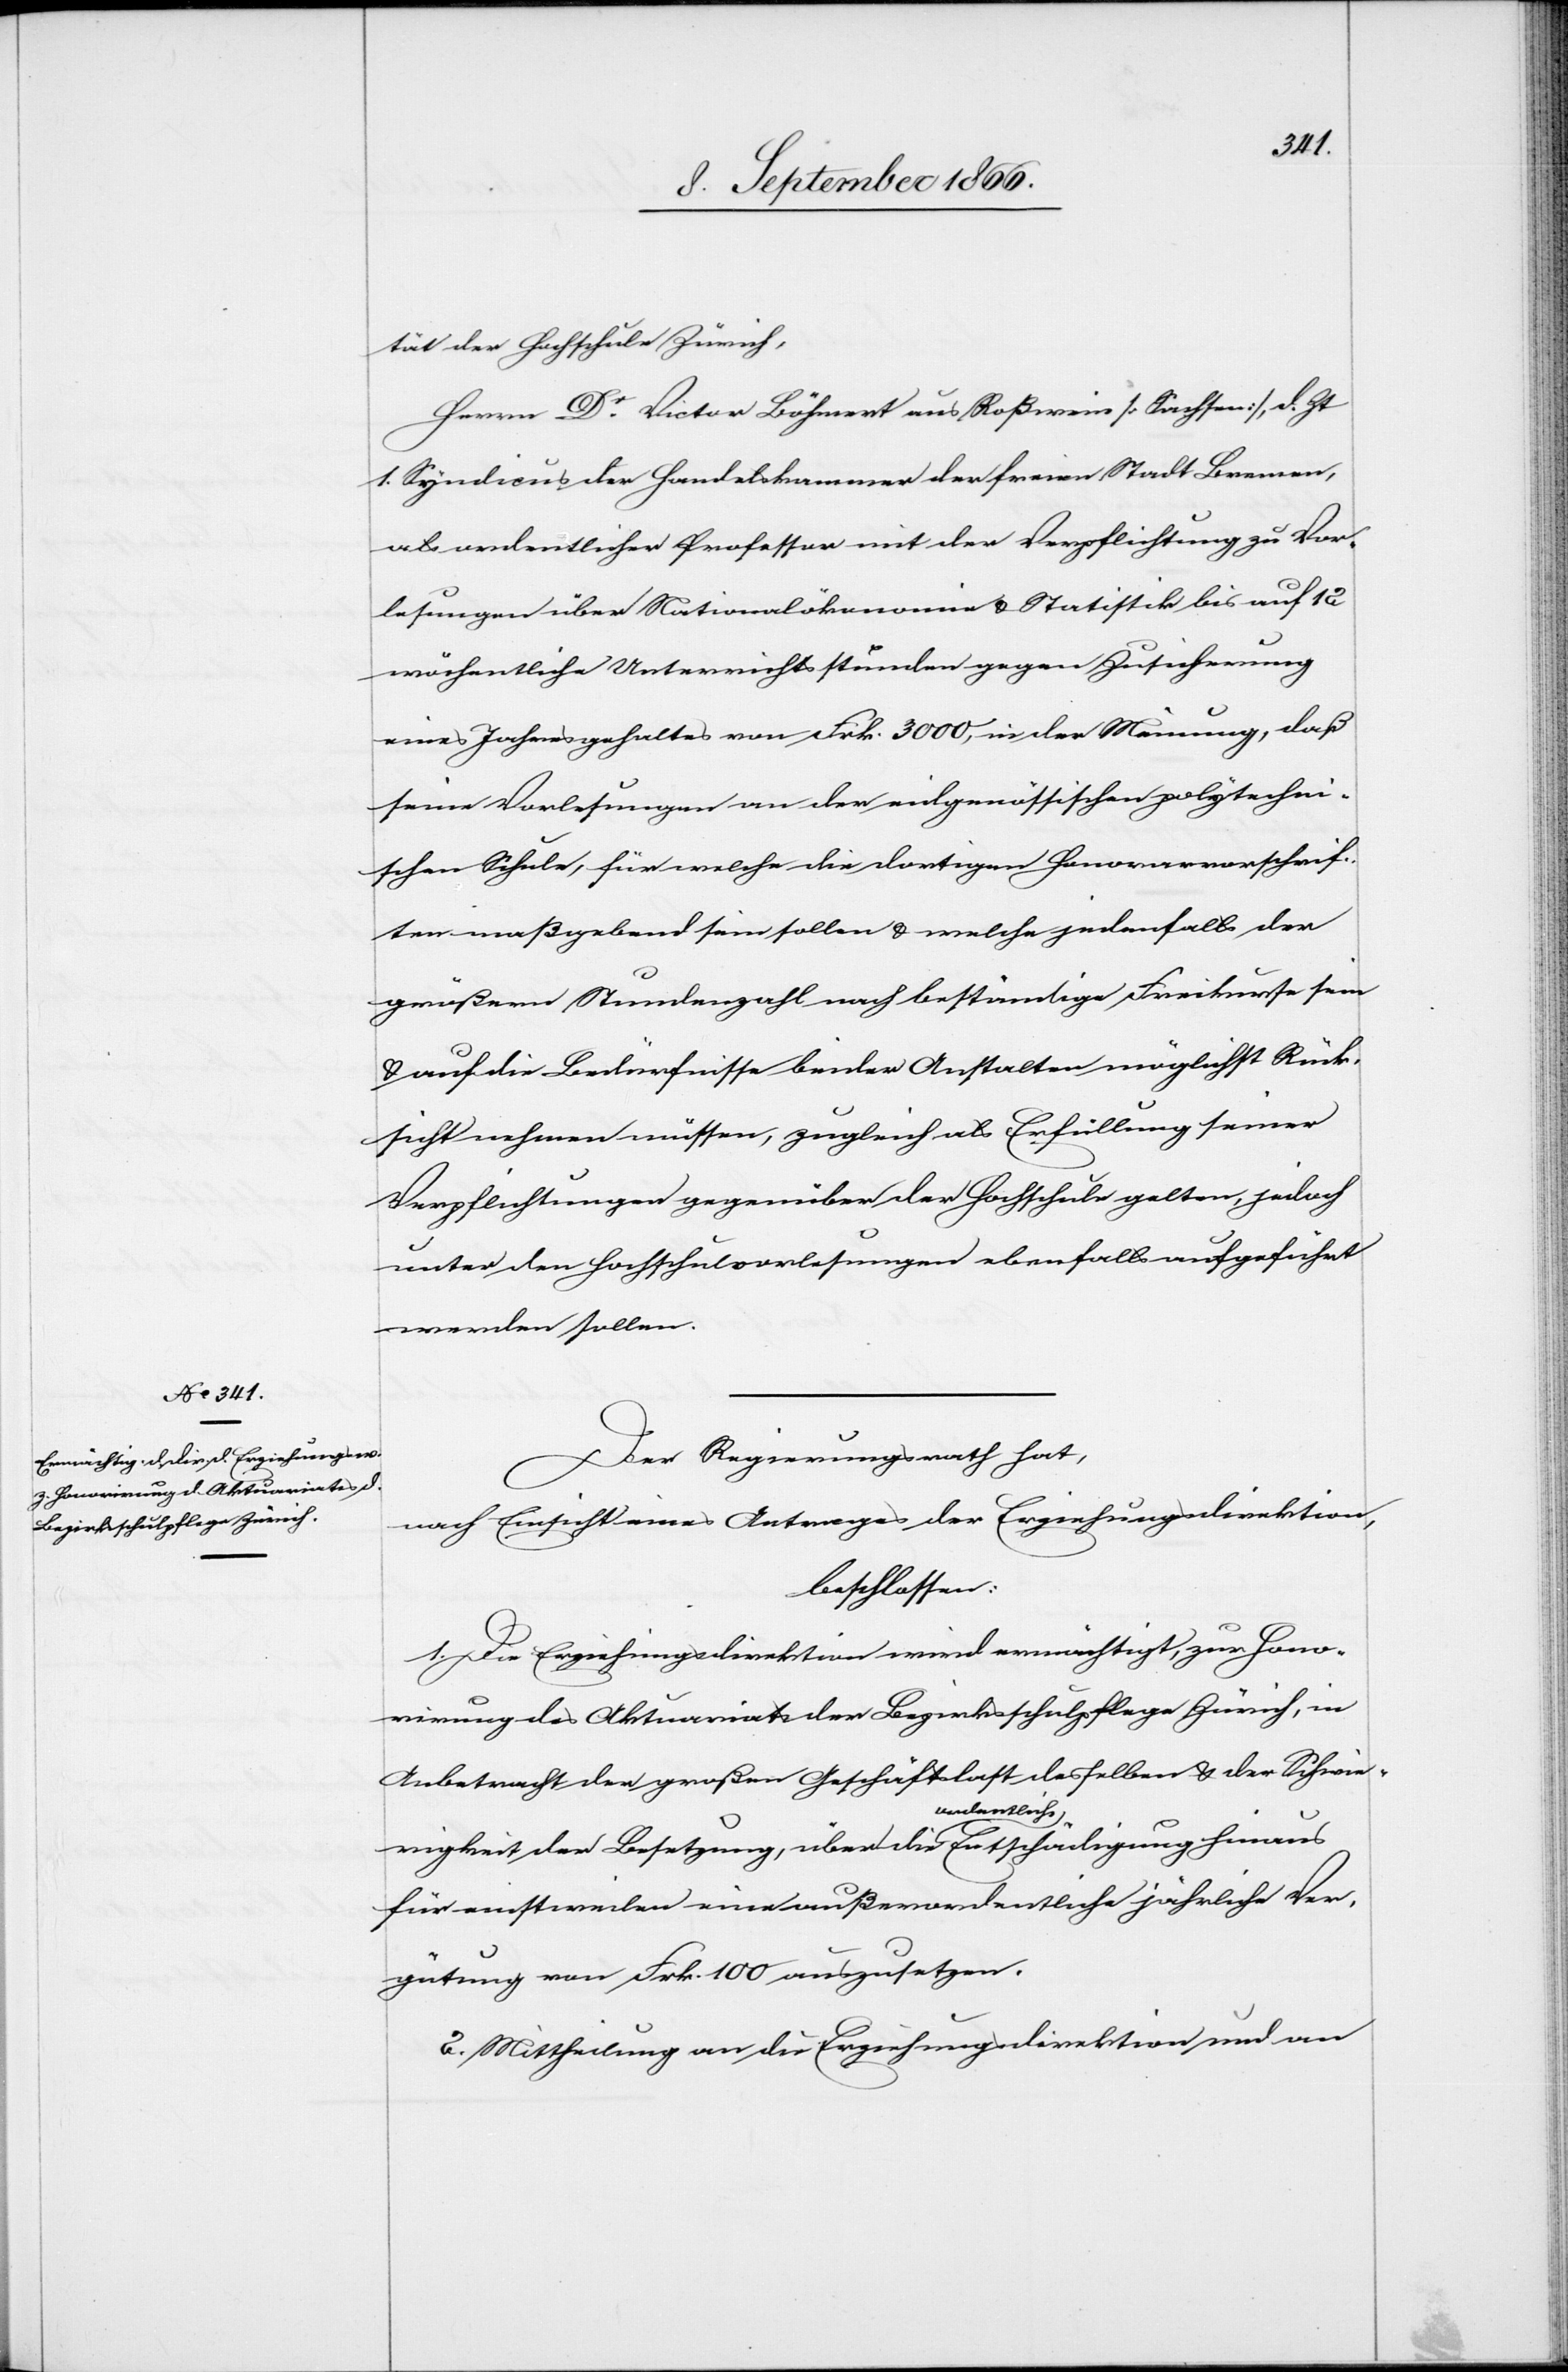
tät der Hochschule Zürich,
Herrn Dr. Victor Böhmert aus Roßwein [Sachsen], d. Zt.
1. Syndicus der Handelskammer der freien Stadt Bremen,
als ordentlichen Professor mit der Verpflichtung zu Vor¬
lesungen über Nationalökonomie u. Statistik bis auf 12
wöchentliche Unterrichtsstunden gegen Zusicherung
eines Jahresgehaltes von Frk. 3000, in der Meinung, daß
seine Vorlesungen an der eidgenössischen polytechni¬
schen Schule, für welche die dortigen Honorarvorschrif¬
ten maßgebend sein sollen u. welche jedenfalls der
größern Stundenzahl nach beständige Freikurse sein
u. auf die Bedürfnisse beider Anstalten möglichst Rück¬
sicht nehmen müssen, zugleich als Erfüllung seiner
Verpflichtungen gegenüber der Hochschule gelten, jedoch
unter den Hochschulvorlesungen ebenfalls aufgeführt
werden sollen.
Der Regierungsrath hat,
nach Einsicht eines Antrages der Erziehungsdirektion,
beschlossen:
1. Die Erziehungsdirektion wird ermächtigt, zur Hono¬
rirung des Aktuariats der Bezirksschulpflege Zürich, in
Anbetracht der großen Geschäftslast desselben u. der Schwie¬
rigkeit der Besetzung, über die ordentliche Entschädigung hinaus
für einstweilen eine außerordentliche jährliche Ver¬
gütung von Frk. 100 auszusetzen.
2. Mittheilung an die Erziehungsdirektion und an